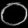
Digit: ၀